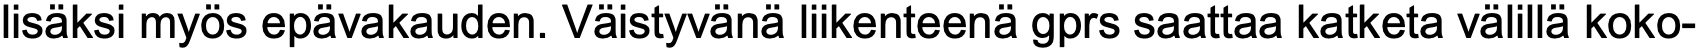
lisäksi myös epävakauden. Väistyvänä liikenteenä gprs saattaa katketa välillä koko-